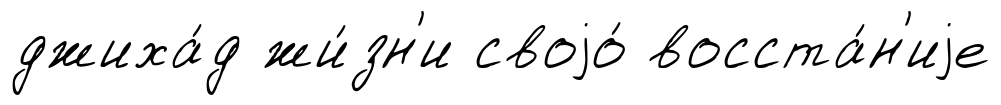
джиха́д жи́зн'и своjо́ восста́н'иjе